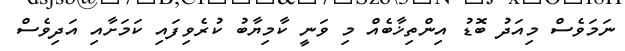
ނަމަވެސް މިއަދު ބޮޑު އިންތިޚާބެއް މި ވަނީ ކާމިޔާބު ކުރެވިފައި ކަމަށާއި އަދިވެސް